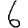
Digit: 6